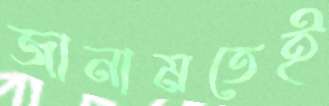
জানামতেই